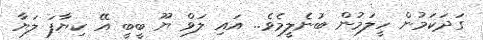
ގަދަކަމުން ހީލަމުން ބުނެލީމެވެ.. އައި ލަވް ޔޫ ބީބީ އޭ ކިޔާފަ ލަޔާ